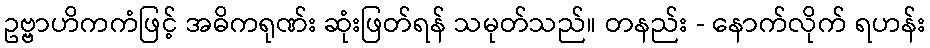
ဥဗ္ဗာဟိကကံဖြင့် အဓိကရုဏ်း ဆုံးဖြတ်ရန် သမုတ်သည်။ တနည်း - နောက်လိုက် ရဟန်း